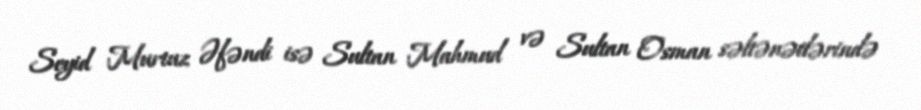
Seyid Murtuz Əfəndi isə Sultan Mahmud və Sultan Osman səltənətlərində